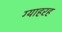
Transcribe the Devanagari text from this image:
ग्याहरह